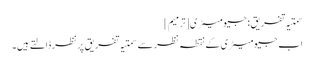
سمتیہ تفریق: جیومیٹری[ترمیم]
اب جیومیٹری کے نقطہ نظر سے سمتیہ تفریق پر نظر ڈالتے ہیں۔